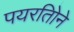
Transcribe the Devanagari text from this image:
पयरतिोने